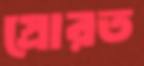
স্রোরত